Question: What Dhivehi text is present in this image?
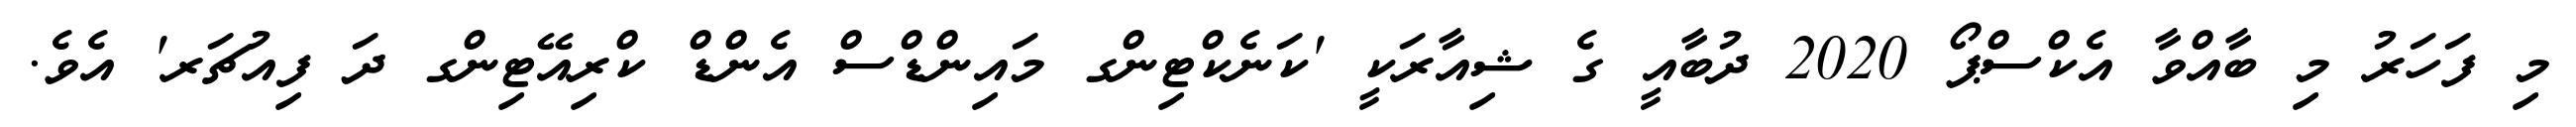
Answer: މި ފަހަރު މި ބާއްވާ އެކްސްޕޯ 2020 ދުބާއީ ގެ ޝިއާރަކީ 'ކަނެކްޓިންގ މައިންޑްސް އެންޑް ކްރިއޭޓިންގ ދަ ފިއުޗަރ' އެވެ.